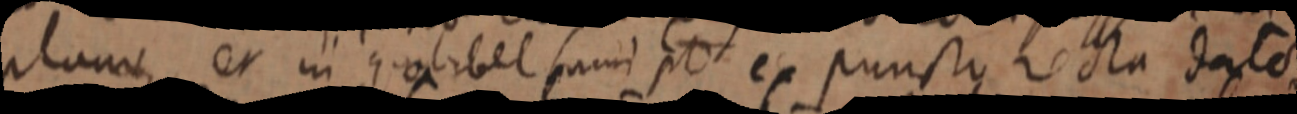
plane et in quolibet sumi pt ex puncti recta datos